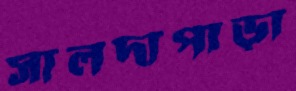
সালদাপাড়া